Annual report of the Imperial Bacteriological Laboratory, Muktesar
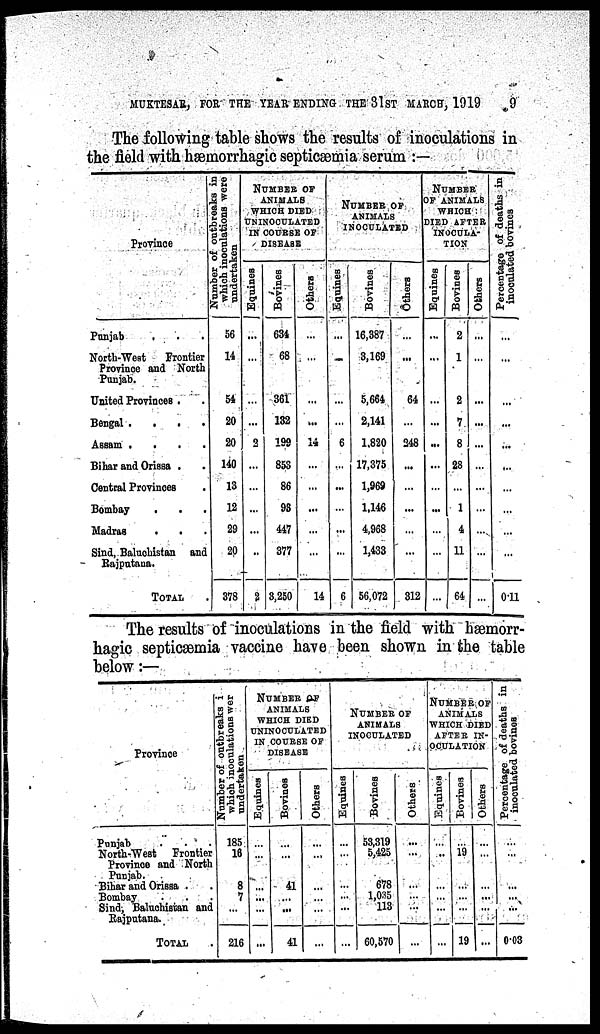
MUKTESAR, FOR THE YEAR ENDING THE 31ST MARCH, 1919
9
The following table shows the results of inoculations in
the field with hæmorrhagic septicæmia serum :—
Province
Punjab
North-West
Frontier
Province and North
Punjab.
United Provinces .
Bengal .
.
.
.
Assam .
.
.
.
Bihar and Orissa .
Central Provinces
Bombay
,
Madras
.
Sind, Baluchistan and
Rajputana.
TOTAL..
Number of outbreaks in
which
inoculations were
undertaken
56
14
54
20
20
140
13
12
29
20
378
NUMBER OF
ANIMALS
WHICH DIED
UNINOCULATED
IN COURSE OF
DISEASE
Equines
...
...
...
...
2
...
...
...
...
...
2
Bovines
634
68
361
132
199
853
86
93
447
377
3,250
Others
...
...
...
...
14
...
...
...
...
...
14
NUMBER OF
ANIMALS
INOCULATED
Equines
...
...
...
...
6
...
...
...
...
6
Bovines
16,387
3,169
5,664
2,141
1,820
17,375
1,969
1,146
4,968
1,433
56,072
Others
...
...
64
...
248
...
...
...
...
...
312
NUMBER
OF ANIMALS
WHICH
DIED AFTER
INOCULA-
TION
Equines
...
...
...
...
...
...
...
...
...
...
Bovines
2
1
2
7
8
28
...
1
4
11
64
Others
...
...
...
...
...
...
...
...
...
...
...
Percentage of deaths in
inoculated
...
...
...
...
...
...
...
...
0.11
The results of inoculations in the field with hæmorr-
hagic septicæmia vaccine have been shown in the table
below:—
Province
Punjab
North-West
Frontier
Province and North
Punjab.
Bihar and Orissa .
Bombay
Sind, Baluchistan and
Rajputana.
TOTAL
Number of outbreaks in
which
inoculations were
undertaken
185
16
8
7
...
216
NUMBER OF
ANIMALS
WHICH DIED
UNINOCULATED
IN COURSE OF
DISEASE
Equines
...
...
...
...
...
...
Bovines
...
...
41
...
...
41
Others
...
...
...
...
...
...
NUMBER OF
ANIMALS
INOCULATED
Equines
...
...
...
...
...
...
Bovines
53,319
5,425
678
1,035
113
60,570
Others
...
...
...
...
...
...
NUMBER OF
ANIMALS
WHICH DIED
AFTER IN-
OCULATION
Equines
...
...
...
...
...
...
Bovines
...
19
...
...
...
19
Others
...
...
...
...
...
...
Percentage of deaths in
inoculated
bovines
....
...
...
...
...
0.03